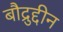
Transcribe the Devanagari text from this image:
बौद्रुद्दीन